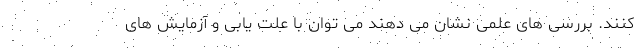
کنند. بررسی های علمی نشان می دهند می توان با علت یابی و آزمایش ‌های